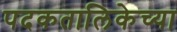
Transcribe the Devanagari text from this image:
पदकतालिकेच्या